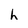
Character: h